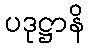
ပဒုဋ္ဌာနိ